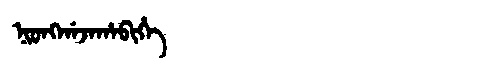
Manchu: ᠨᡳᠣᠩᡤᠠᠵᠠᡥᠠᠪᡳᡥᡝ
Romanization: NIONGGAJAHABIHE